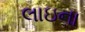
લાઇના